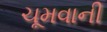
ચૂમવાની